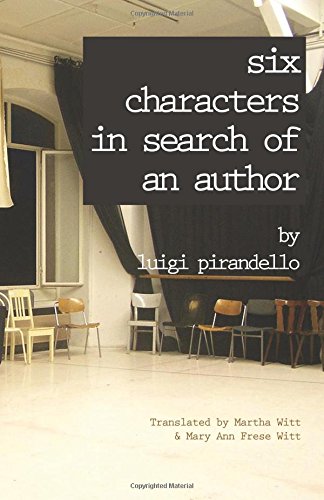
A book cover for Six Characters  in Search of an Author (Renaissance & Modern Plays); Luigi Pirandello; Humor & Entertainment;